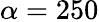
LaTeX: \alpha=250